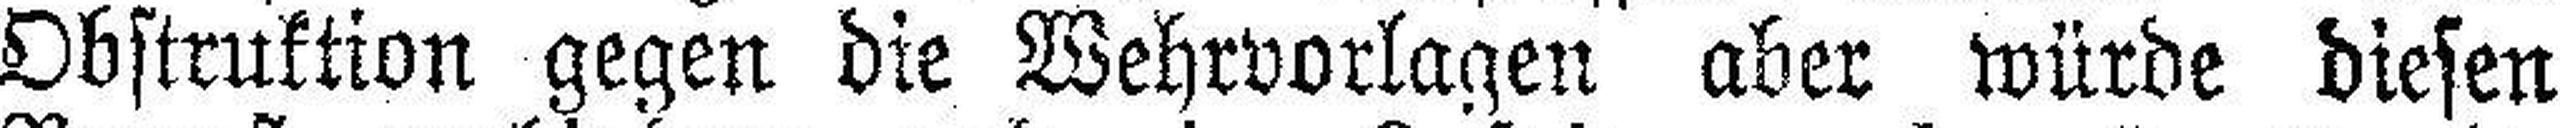
Obstruktion gegen die Wehrvorlagen aber würde diesen